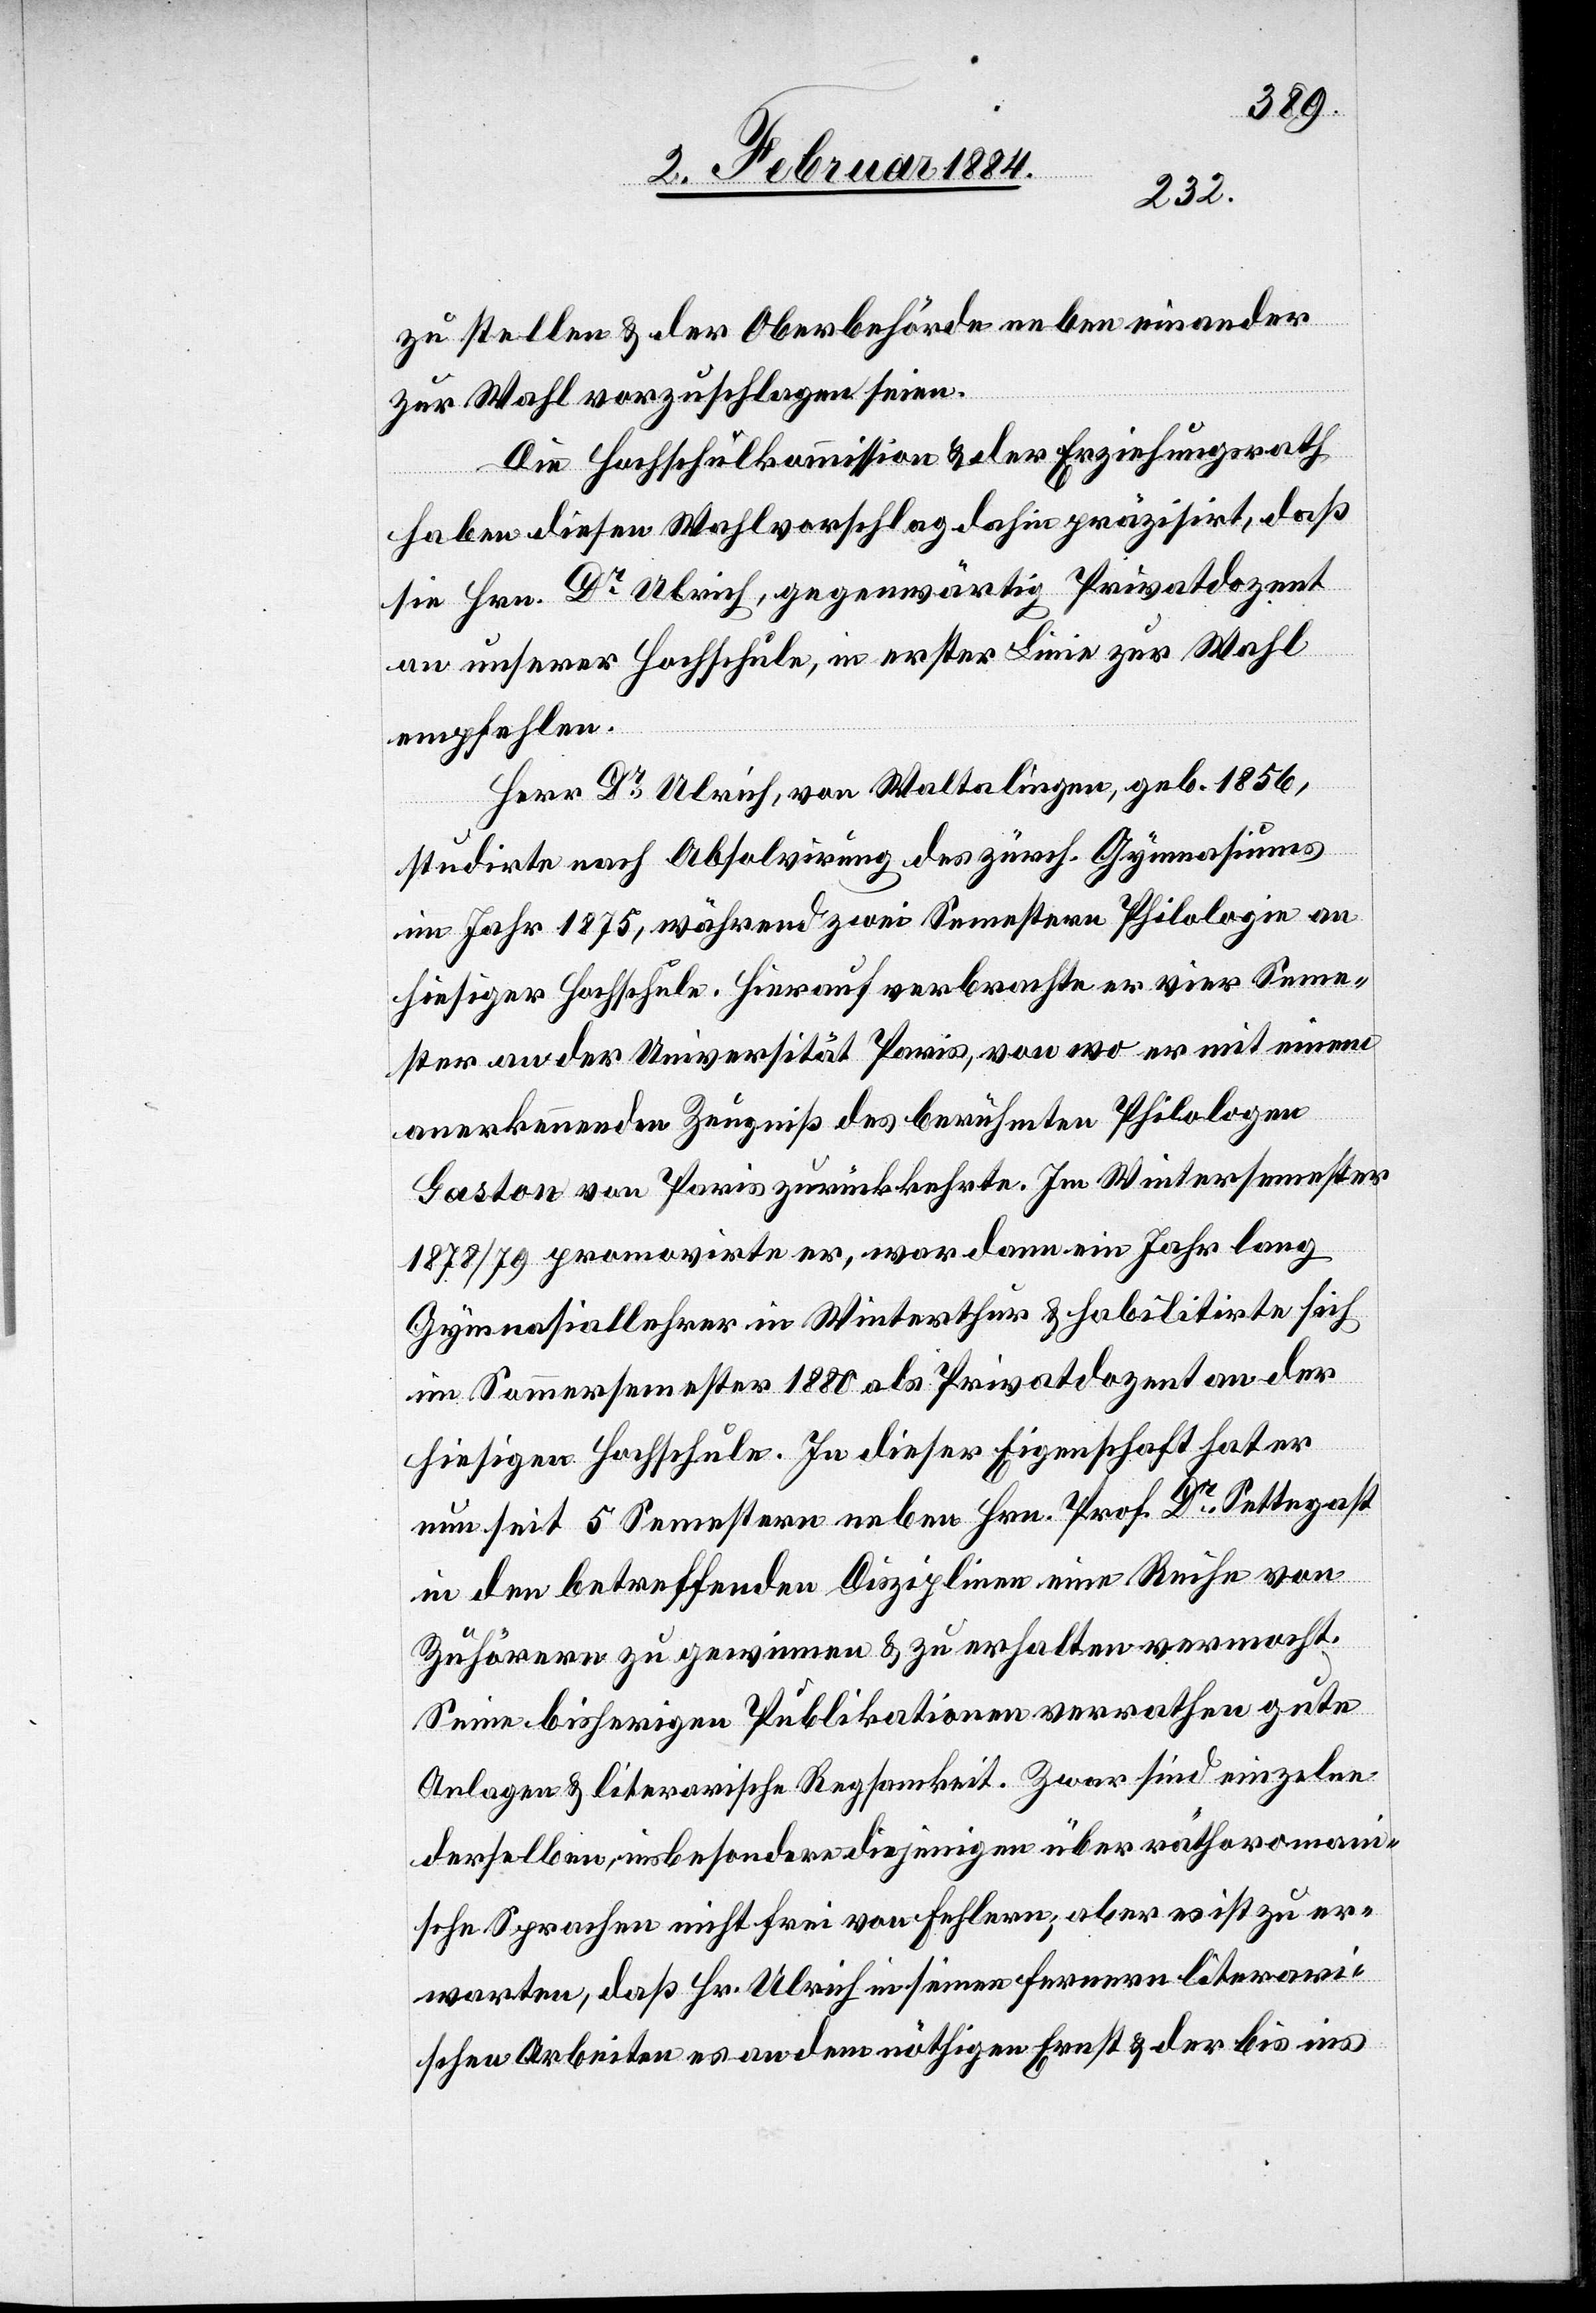
zu stellen & der Oberbehörde neben einander
zur Wahl vorzuschlagen seien.
Die Hochschulkommission & der Erziehungsrath
haben diesen Wahlvorschlag dahin präzisirt, daß
sie Hrn. Dr Ulrich, gegenwärtig Privatdozent
an unserer Hochschule, in erster Linie zur Wahl
empfehlen.
Herr Dr Ulrich, von Waltalingen, geb. 1856,
studirte nach Absolvierung des zürich. Gymnasiums
im Jahr 1875, während zwei Semestern Philologie an
hiesiger Hochschule. Hierauf verbrachte er vier Seme¬
ster an der Universität Paris, von wo er mit einem
anerkennenden Zeugniß des berühmten Philologen
Gaston von Paris zurückkehrte. Im Wintersemester
1878/79 promovirte er, war dann ein Jahr lang
Gymnasiallehrer in Winterthur & habilitirte sich
im Sommersemester 1880 als Privatdozent an der
hiesigen Hochschule. In dieser Eigenschaft hat er
nun seit 5 Semestern neben Hrn. Prof. Dr Settegast
in den betreffenden Disziplinen eine Reihe von
Zuhörern zu gewinnen & zu erhalten vermocht.
Seine bisherigen Publikationen verrathen gute
Anlagen & literarische Regsamkeit. Zwar sind einzelne
derselben, insbesondere diejenigen über räthoromani¬
sche Sprachen nicht frei von Fehlern, aber es ist zu er¬
warten, daß Hr. Ulrich in seinen ferneren literar¬
ischen Arbeiten es an dem nöthigen Ernst & der bis ins